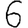
Digit: 6